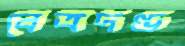
বেত্রদণ্ড